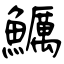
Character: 鱱